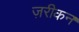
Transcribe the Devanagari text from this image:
ज़रीकन